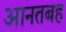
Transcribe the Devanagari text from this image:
आनतबह